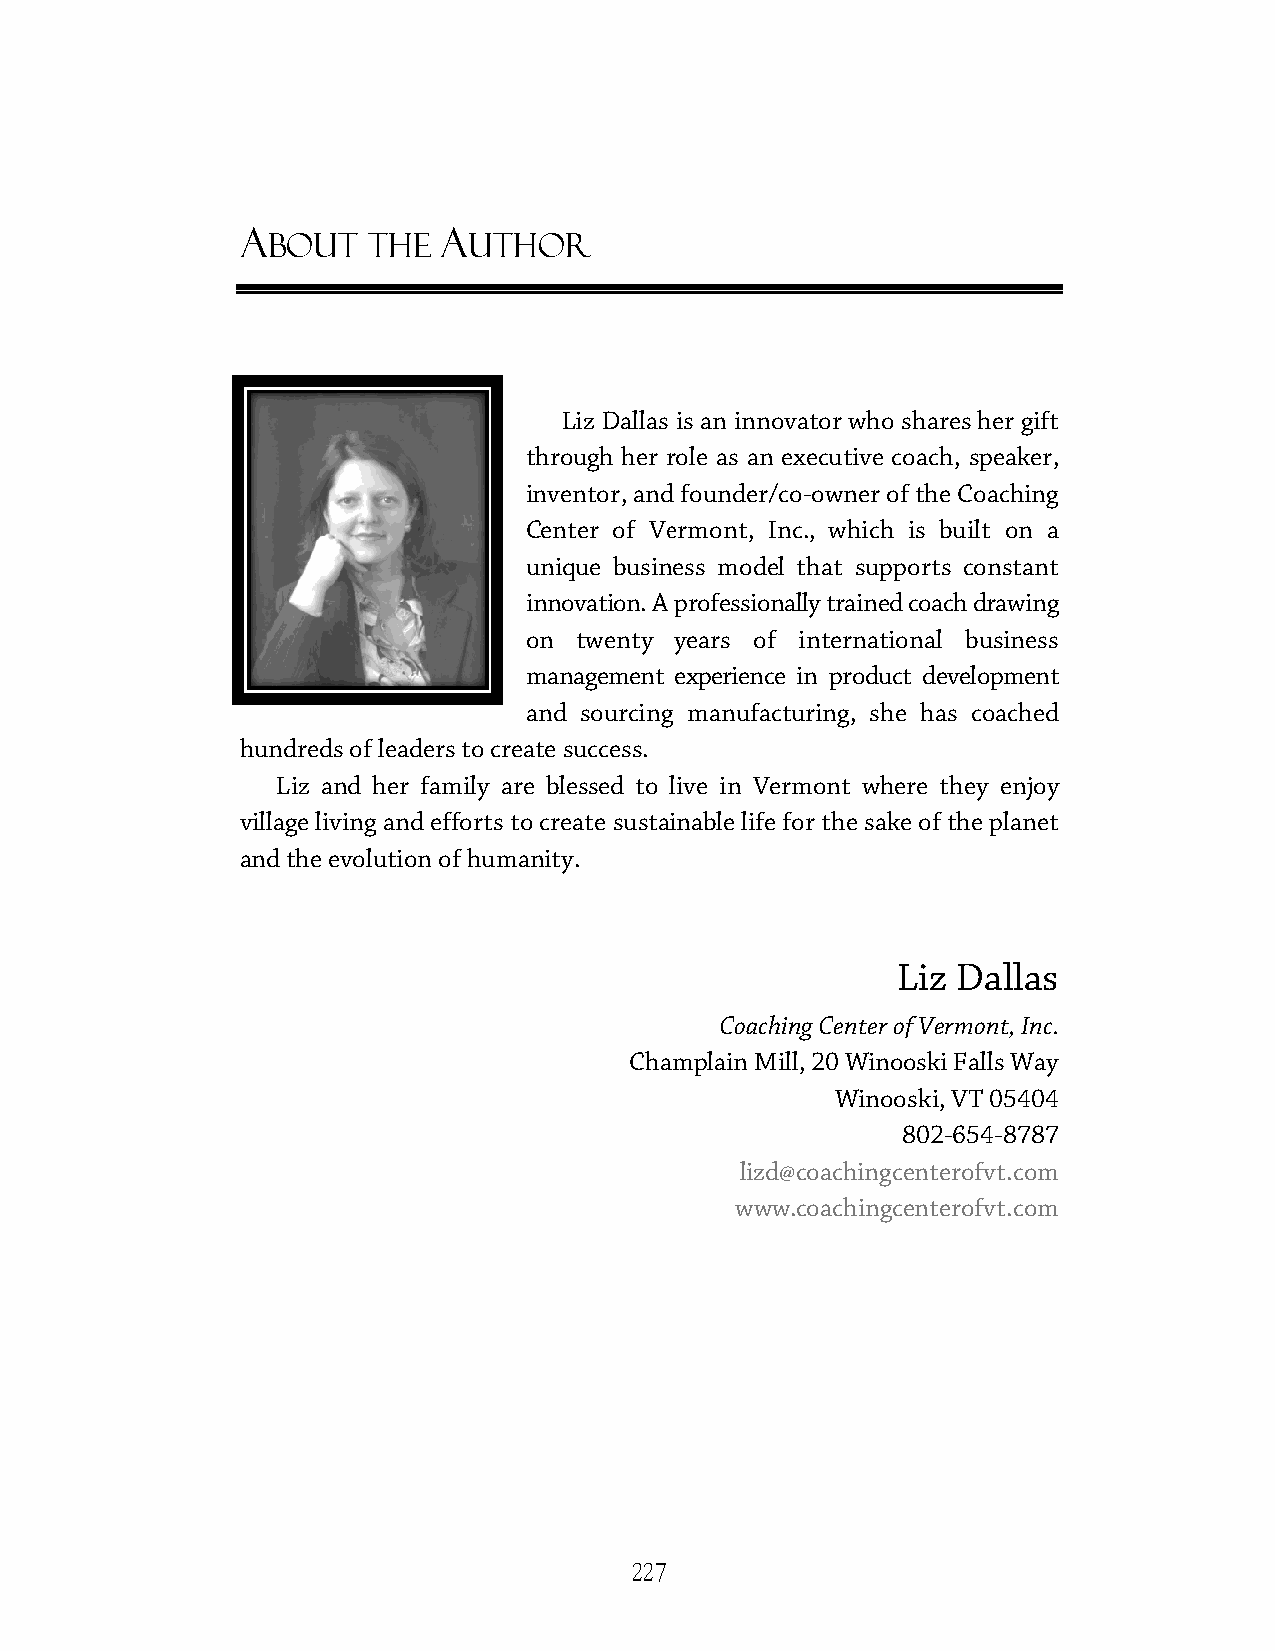
A            A
 BOUT  THE    UTHOR
 LLiizz DDaallllaass iiss aann iinnnnoovvaattoorr wwhhoo sshhaarreess hheerr ggiifftt
 tthhrroouugghh hheerr rroollee aass aann eexxeeccuuttiivvee ccooaacchh,, ssppeeaakkeerr,,
 iinnvveennttoorr,, aanndd ffoouunnddeerr//ccoo-owner of the Coaching
 CCeenntteerr ooff VVeerrmmoonntt,, IInncc..,, wwhhiicchh is built on a
 uunniiqquuee bbuussiinneessss mmooddeell tthhaatt ssuuppppoorrttss ccoonnssttaanntt
 iinnnnoovvaattiioonn.. AA pprrooffeessssiioonnaallllyy ttrraaiinneedd ccooaacchh ddrraawwiinngg
 on twenty years of international business
 management experience in product development
 aanndd ssoouurrcciinngg mmaannuuffaaccttuurriinngg,, sshhee hhaass ccooaacchheedd
 hundreds of leaders to create success.
 LLiizz aanndd hheerr ffaammiillyy aarree bblleesssseedd ttoo lliivvee iinn VVeerrmmoonntt wwhheerree tthheeyy eennjjooyy
 vviillllaaggee lliivviinngg aanndd eeffffoorrttss ttoo ccrreeaattee ssuussttaaiinnaabbllee lliiffee ffoorr tthhee ssaakkee ooff tthhee ppllaanneett
 and the evolution of humanity.
 Liz Dallas
 Coaching Center of Vermont, Inc.
 CChhaammpplain Mill, 20 Winooski Falls Way
 Winooski, VT 05404
 802-654-8787
 lizd@coachingcenterofvt.com
 www.coachingcenterofvt.com
 227